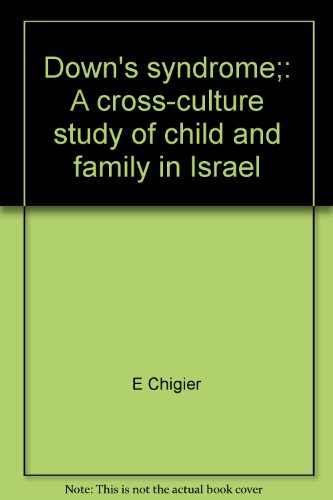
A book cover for Down's syndrome;: A cross-culture study of child and family in Israel; E Chigier; Health, Fitness & Dieting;